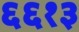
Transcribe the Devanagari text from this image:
६६१३